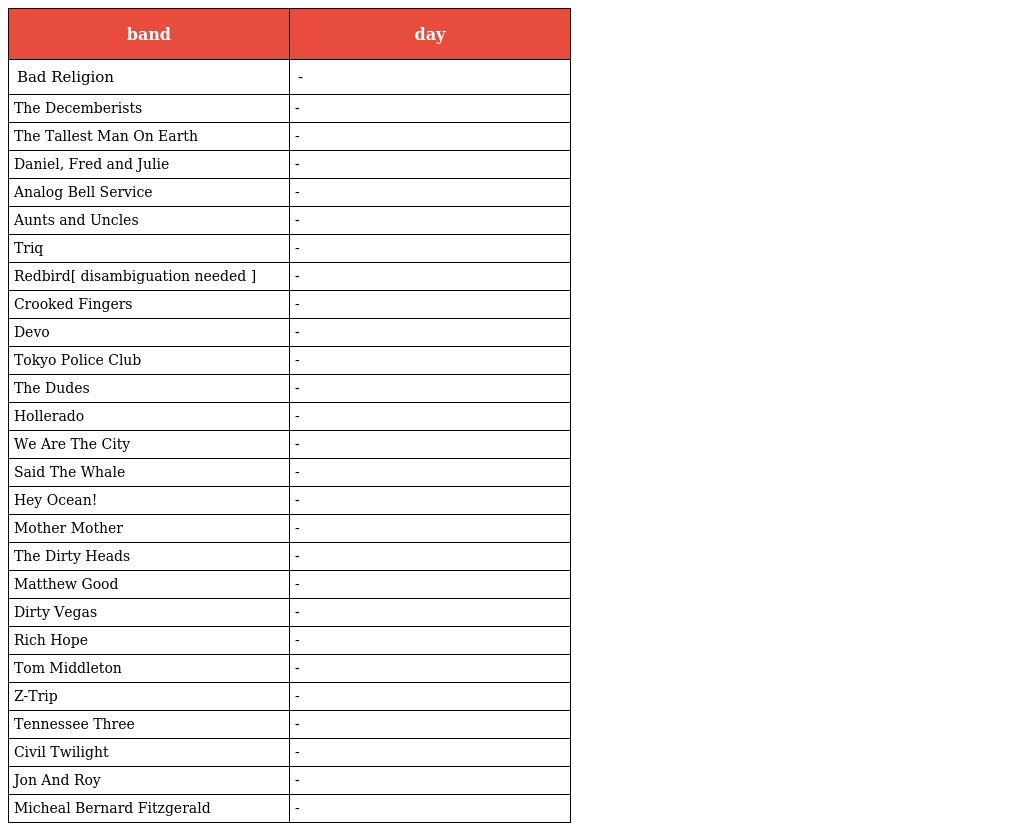
| band | day |
 | --- | --- |
 | Bad Religion | - |
 | The Decemberists | - |
 | The Tallest Man On Earth | - |
 | Daniel, Fred and Julie | - |
 | Analog Bell Service | - |
 | Aunts and Uncles | - |
 | Triq | - |
 | Redbird[ disambiguation needed ] | - |
 | Crooked Fingers | - |
 | Devo | - |
 | Tokyo Police Club | - |
 | The Dudes | - |
 | Hollerado | - |
 | We Are The City | - |
 | Said The Whale | - |
 | Hey Ocean! | - |
 | Mother Mother | - |
 | The Dirty Heads | - |
 | Matthew Good | - |
 | Dirty Vegas | - |
 | Rich Hope | - |
 | Tom Middleton | - |
 | Z-Trip | - |
 | Tennessee Three | - |
 | Civil Twilight | - |
 | Jon And Roy | - |
 | Micheal Bernard Fitzgerald | - |